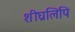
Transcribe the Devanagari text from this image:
शीघ्रलिपि